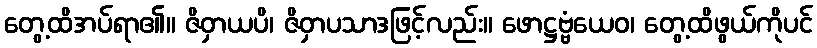
တွေ့ထိအပ်ရာ၏။ ဇိဝှာယပိ၊ ဇိဝှာပသာဒဖြင့်လည်း။ ဖောဋ္ဌဗ္ဗံယေဝ၊ တွေ့ထိဖွယ်ကိုပင်